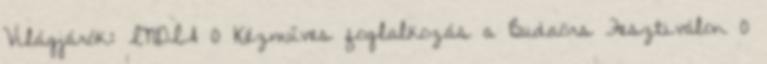
Világjárók: INDIA 0 Kézműves foglalkozás a Budaörs Fesztiválon 0